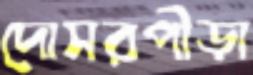
দোসরপীড়া